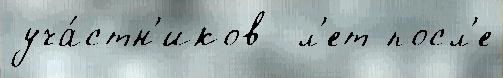
уча́стн'иков  л'ет посл'е